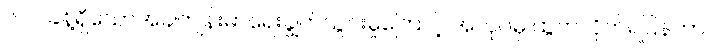
၆ လခန့်ရှိသောအခါကျန်းမာရေးချွတ်ယွင်းမှုကြောင့် အလုပ်မှ ထွက်လိုက်ရပြန်ကာ